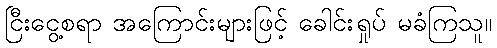
ငြီးငွေ့စရာ အကြောင်းများဖြင့် ခေါင်းရှုပ် မခံကြသူ။